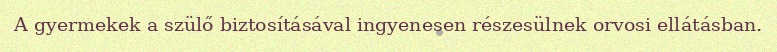
A gyermekek a szülő biztosításával ingyenesen részesülnek orvosi ellátásban.